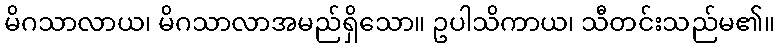
မိဂသာလာယ၊ မိဂသာလာအမည်ရှိသော။ ဥပါသိကာယ၊ သီတင်းသည်မ၏။